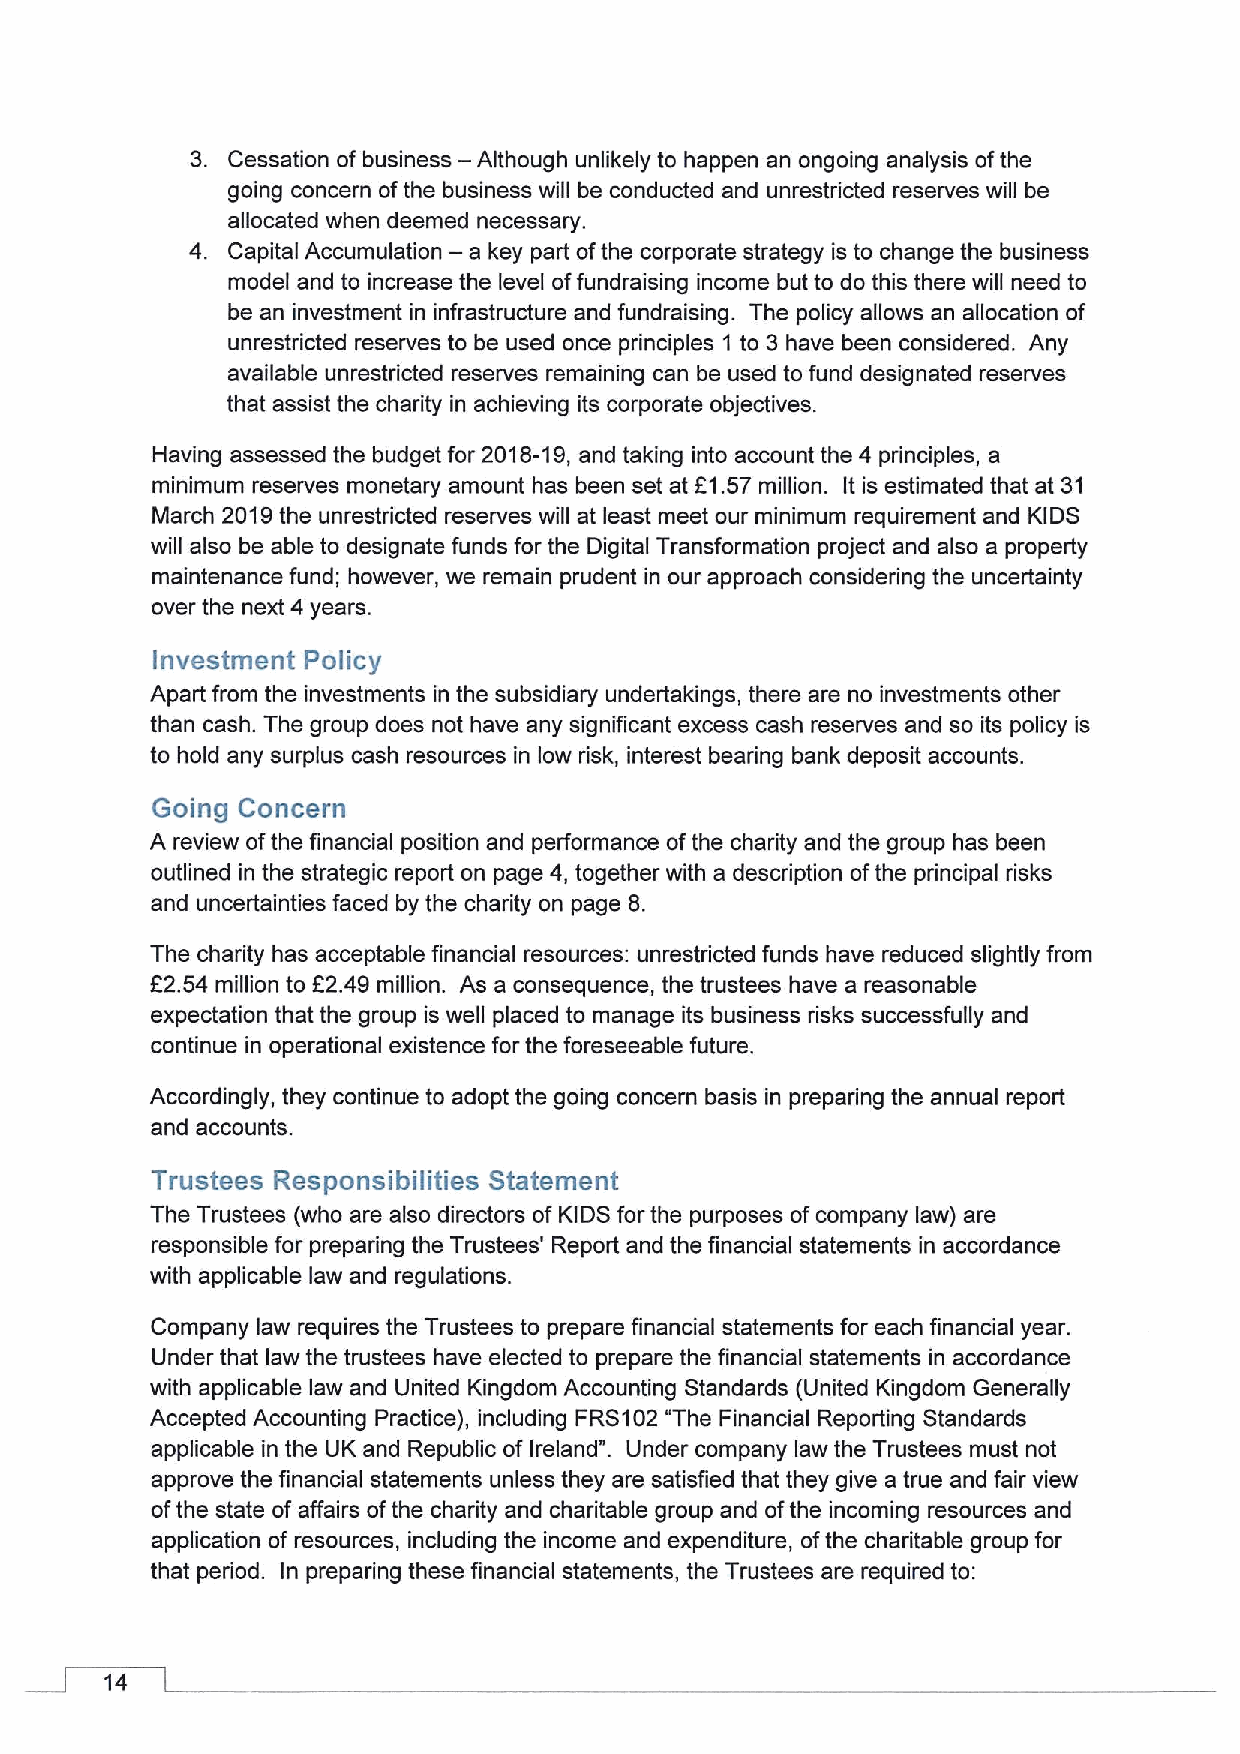
3. Cessation of business — Although unlikely to happen an ongoing analysis ofthe
 going concern ofthe business will be conducted and unrestricted reserves will be
 allocated when deemed necessary.
 4. Capital Accumulation — a key part ofthe corporate strategy is to change the business
 model and to increase the level offundraising income but to do this there will need to
 be an investment in infrastructure and fundraising. The policy allows an allocation of
 unrestricted reserves to be used once principles 1 to 3 have been considered. Any
 available unrestricted reserves remaining can be used to fund designated reserves
 that assist the charity in achieving its corporate objectives.
 Having assessed the budget for 2018-19,and taking into account the 4 principles, a
 minimum reserves monetary amount has been set at E1.57 million. It is estimated that at 31
 March 2019the unrestricted reserves will at least meet our minimum requirement and KIDS
 will also be able to designate funds for the Digital Transformation project and also a property
 maintenance fund; however, we remain prudent in our approach considering the uncertainty
 over the next 4years.
 Investment Policy
 Apart from the investments in the subsidiary undertakings, there are no investments other
 than cash. The group does not have any significant excess cash reserves and so its policy is
 to hold any surplus cash resources in low risk, interest beading bank deposit accounts.
 Going Concern
 A review ofthe financial position and performance ofthe charity and the group has been
 outlined in the strategic report on page 4, together with a description ofthe pdincipal risks
 and uncertainties faced by the charity on page 8.
 The charity has acceptable financial resources: unrestricted funds have reduced slightly from
 F2.54 million to K2.49 million. As a consequence, the trustees have a reasonable
 expectation that the group is well placed to manage its business risks successfully and
 continue in operational existence for the foreseeable future.
 Accordingly, they continue to adopt the going concern basis in preparing the annual report
 and accounts.
 Trustees Responsibilities Statement
 The Trustees (who are also directors of KIDS for the purposes ofcompany law) are
 responsible for preparing the Trustees' Report and the financial statements in accordance
 with applicable law and regulations.
 Company law requires the Trustees to prepare financial statements for each financial year.
 Under that law the trustees have elected to prepare the financial statements in accordance
 with applicable law and United Kingdom Accounting Standards (United Kingdom Generally
 Accepted Accounting Practice), including FRS102"The Financial Reporting Standards
 applicable in the UK and Republic of Ireland". Under company law the Trustees must not
 approve the financial statements unless they are satisfied that they give a true and fair view
 ofthe state of affairs ofthe charity and charitable group and ofthe incoming resources and
 application of resources, including the income and expenditure, ofthe charitable group for
 that period. In preparing these financial statements, the Trustees are required to:
 14